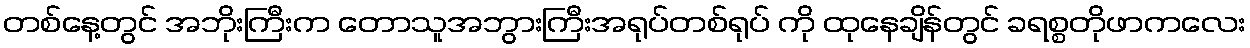
တစ်နေ့တွင် အဘိုးကြီးက တောသူအဘွားကြီးအရုပ်တစ်ရုပ် ကို ထုနေချိန်တွင် ခရစ္စတိုဖာကလေး